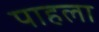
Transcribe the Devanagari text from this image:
पाहला